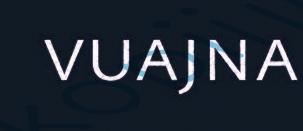
vuajna